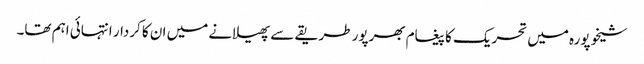
شیخوپورہ میں تحریک کا پیغام بھرپور طریقے سے پھیلانے میں ان کا کردار انتہائی اہم تھا۔